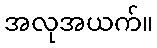
အလုအယက်။